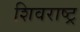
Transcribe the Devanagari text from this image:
शिवराष्ट्र